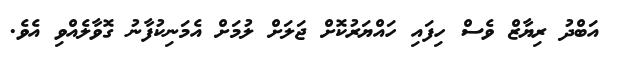
އަބްދު ރިޔާޒް ވެސް ހިފައި ހައްޔަރުކޮށް ޖަލަށް ލުމަށް އެމަނިކުފާނު ގޮވާލެއްވި އެވެ.